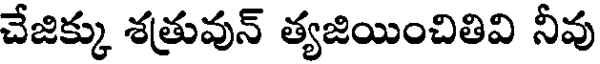
చేజిక్కు శత్రువున్ త్యజియించితివి నీవు